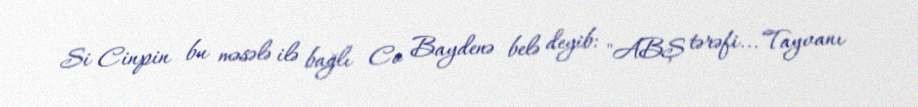
Si Cinpin bu məsələ ilə bağlı Co Baydenə belə deyib: "ABŞ tərəfi... Tayvanı